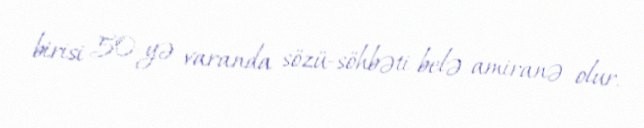
birisi 50-yə varanda sözü-söhbəti belə amiranə olur.